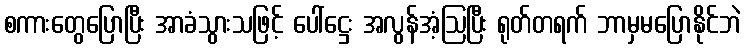
စကားတွေပြောပြီး အာခံသွားသဖြင့် ပေါ်ဋ္ဌေး အလွန်အံ့ဩပြီး ရုတ်တရက် ဘာမှမပြောနိုင်ဘဲ